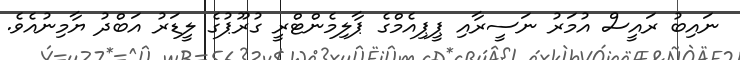
ނައިބު ރައީސް އުމަރު ނަސީރާއި ޕީޕިއެމްގެ ޕާލިމެންޓްރީ ގުރޫޕުގެ ލީޑަރު އަބްދު ޔާމިނުއެވެ.